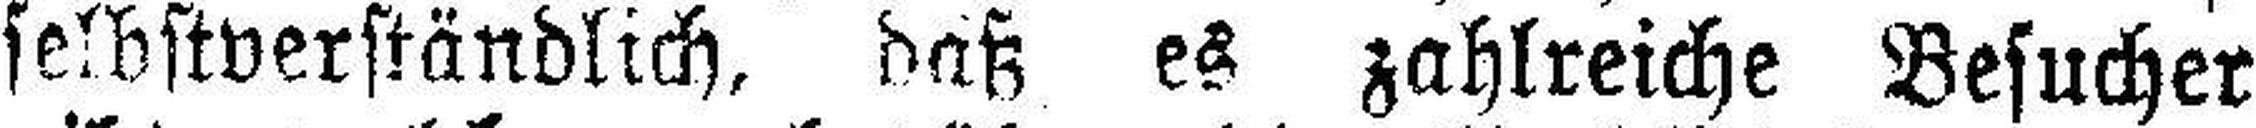
selbstverständlich, daß es zahlreiche Besucher